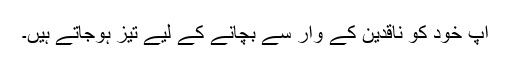
آپ خود کو ناقدین کے وار سے بچانے کے لیے تیز ہوجاتے ہیں۔